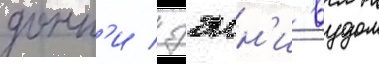
донн'и / дэнн'и вудом